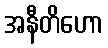
အနီတိဟော